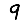
Digit: 9